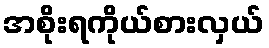
အစိုးရကိုယ်စားလှယ်